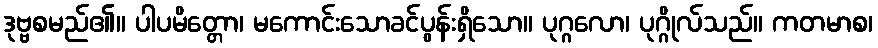
ဒုဗ္ဗစမည်၏။ ပါပမိတ္တော၊ မကောင်းသောခင်ပွန်းရှိသော။ ပုဂ္ဂလော၊ ပုဂ္ဂိုလ်သည်။ ကတမာစ၊